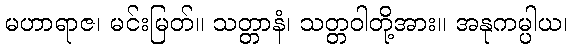
မဟာရာဇ၊ မင်းမြတ်။ သတ္တာနံ၊ သတ္တဝါတို့အား။ အနုကမ္ပါယ၊